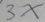
3 x